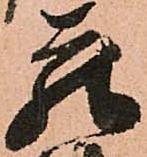
蔵